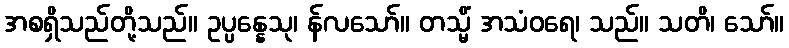
အစရှိသည်တို့သည်။ ဥပ္ပန္နေသု၊ န်လသော်။ တသ္မိံ အသံဝရေ၊ သည်။ သတိ၊ သော်။